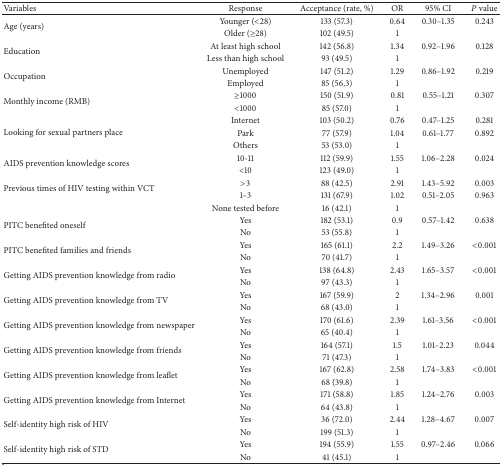
<table><thead><tr><td><b>Variables</b></td><td><b>Response</b></td><td><b>Acceptance (rate, %)</b></td><td><b>OR </b></td><td><b>95% CI</b></td><td><b><i>P</i> value</b></td></tr></thead><tbody><tr><td rowspan="2">Age (years)</td><td>Younger (&lt;28)</td><td>133 (57.3)</td><td>0.64</td><td>0.30–1.35 </td><td>0.243</td></tr><tr><td>Older (≥28)</td><td>102 (49.5)</td><td>1</td><td> </td><td> </td></tr><tr><td rowspan="2">Education</td><td>At least high school</td><td>142 (56.8)</td><td>1.34</td><td>0.92–1.96 </td><td>0.128</td></tr><tr><td>Less than high school </td><td>93 (49.5)</td><td>1</td><td> </td><td> </td></tr><tr><td rowspan="2">Occupation</td><td>Unemployed</td><td>147 (51.2)</td><td>1.29</td><td>0.86–1.92 </td><td>0.219</td></tr><tr><td>Employed</td><td>85 (56.3)</td><td>1</td><td> </td><td> </td></tr><tr><td rowspan="2">Monthly income (RMB)</td><td>≥1000</td><td>150 (51.9)</td><td>0.81</td><td>0.55–1.21 </td><td>0.307</td></tr><tr><td>&lt;1000</td><td>85 (57.0)</td><td>1</td><td> </td><td> </td></tr><tr><td rowspan="3">Looking for sexual partners place</td><td>Internet</td><td>103 (50.2)</td><td>0.76</td><td>0.47–1.25 </td><td>0.281</td></tr><tr><td>Park</td><td>77 (57.9)</td><td>1.04</td><td>0.61–1.77 </td><td>0.892</td></tr><tr><td>Others</td><td>53 (53.0)</td><td>1</td><td> </td><td> </td></tr><tr><td rowspan="2">AIDS prevention knowledge scores</td><td>10-11</td><td>112 (59.9)</td><td>1.55</td><td>1.06–2.28</td><td>0.024</td></tr><tr><td>&lt;10</td><td>123 (49.0)</td><td>1</td><td> </td><td> </td></tr><tr><td rowspan="2">Previous times of HIV testing within VCT</td><td>&gt;3</td><td>88 (42.5)</td><td>2.91</td><td>1.43–5.92</td><td>0.003</td></tr><tr><td>1–3</td><td>131 (67.9)</td><td>1.02</td><td>0.51–2.05</td><td>0.963</td></tr><tr><td> </td><td>None tested before</td><td>16 (42.1)</td><td>1</td><td> </td><td> </td></tr><tr><td rowspan="2">PITC benefited oneself</td><td>Yes</td><td>182 (53.1)</td><td>0.9</td><td>0.57–1.42</td><td>0.638</td></tr><tr><td>No</td><td>53 (55.8)</td><td>1</td><td> </td><td> </td></tr><tr><td rowspan="2">PITC benefited families and friends</td><td>Yes</td><td>165 (61.1)</td><td>2.2</td><td>1.49–3.26</td><td>&lt;0.001</td></tr><tr><td>No</td><td>70 (41.7)</td><td>1</td><td> </td><td> </td></tr><tr><td rowspan="2">Getting AIDS prevention knowledge from radio</td><td>Yes</td><td>138 (64.8)</td><td>2.43</td><td>1.65–3.57</td><td>&lt;0.001</td></tr><tr><td>No</td><td>97 (43.3)</td><td>1</td><td> </td><td> </td></tr><tr><td rowspan="2">Getting AIDS prevention knowledge from TV</td><td>Yes</td><td>167 (59.9)</td><td>2</td><td>1.34–2.96</td><td>0.001</td></tr><tr><td>No</td><td>68 (43.0)</td><td>1</td><td> </td><td> </td></tr><tr><td rowspan="2">Getting AIDS prevention knowledge from newspaper</td><td>Yes</td><td>170 (61.6)</td><td>2.39</td><td>1.61–3.56</td><td>&lt;0.001</td></tr><tr><td>No</td><td>65 (40.4)</td><td>1</td><td> </td><td> </td></tr><tr><td rowspan="2">Getting AIDS prevention knowledge from friends</td><td>Yes</td><td>164 (57.1)</td><td>1.5</td><td>1.01–2.23</td><td>0.044</td></tr><tr><td>No</td><td>71 (47.3)</td><td>1</td><td> </td><td> </td></tr><tr><td rowspan="2">Getting AIDS prevention knowledge from leaflet</td><td>Yes</td><td>167 (62.8)</td><td>2.58</td><td>1.74–3.83</td><td>&lt;0.001</td></tr><tr><td>No</td><td>68 (39.8)</td><td>1</td><td> </td><td> </td></tr><tr><td rowspan="2">Getting AIDS prevention knowledge from Internet</td><td>Yes</td><td>171 (58.8)</td><td>1.85</td><td>1.24–2.76</td><td>0.003</td></tr><tr><td>No</td><td>64 (43.8)</td><td>1</td><td> </td><td> </td></tr><tr><td rowspan="2">Self-identity high risk of HIV</td><td>Yes</td><td>36 (72.0)</td><td>2.44</td><td>1.28–4.67</td><td>0.007</td></tr><tr><td>No</td><td>199 (51.3)</td><td>1</td><td> </td><td> </td></tr><tr><td rowspan="2">Self-identity high risk of STD</td><td>Yes</td><td>194 (55.9)</td><td>1.55</td><td>0.97–2.46</td><td>0.066</td></tr><tr><td>No</td><td>41 (45.1)</td><td>1</td><td></td><td></td></tr></tbody></table>